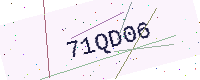
Text: 71QD06